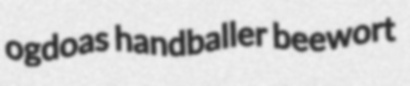
ogdoas handballer beewort